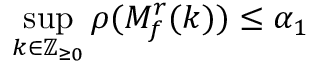
\operatorname* { s u p } _ { k \in \mathbb { Z } _ { \geq 0 } } \rho ( M _ { f } ^ { r } ( k ) ) \leq \alpha _ { 1 }